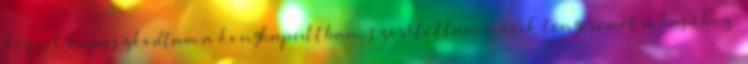
kézzel kapaszkodtam a konyhapultban, szorítottam másik tenyeremet a hasához,